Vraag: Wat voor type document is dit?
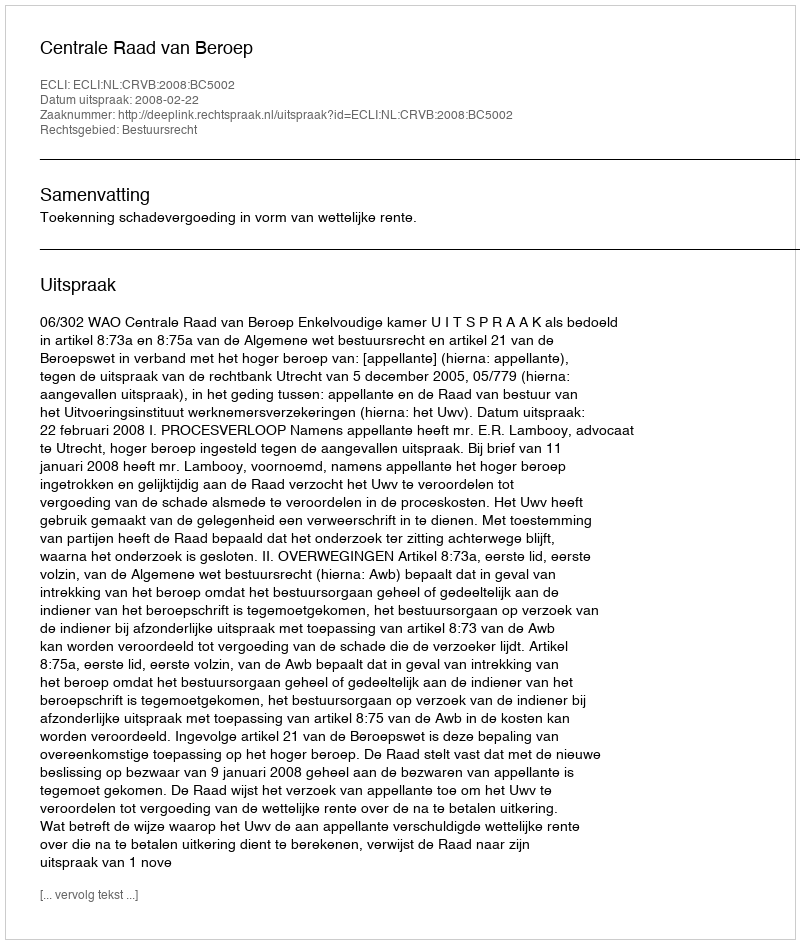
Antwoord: Uitspraak